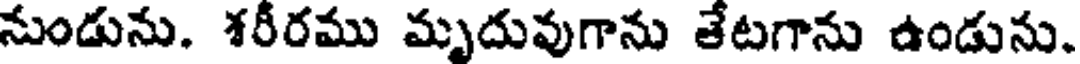
నుండును. శరీరము మృదువుగాను తేటగాను ఉండును.